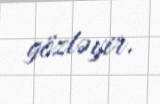
gözləyir.